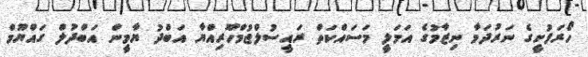
ހޯރަފުށީގެ ނަރުދަމާ ނިޒާމުގެ އަމަލީ މަސައްކަތް ރައީސުލްޖުމްހޫރިއްޔާ އަބްދު ޔާމީން އަބްދުލް ގައްޔޫމް